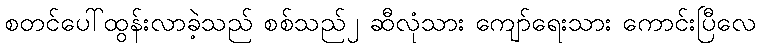
စတင်ပေါ်ထွန်းလာခဲ့သည် စစ်သည်၂ ဆီလုံသား ကျော်ရေးသား ကောင်းပြီလေ